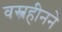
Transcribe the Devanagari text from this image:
वस्त्रहीनने